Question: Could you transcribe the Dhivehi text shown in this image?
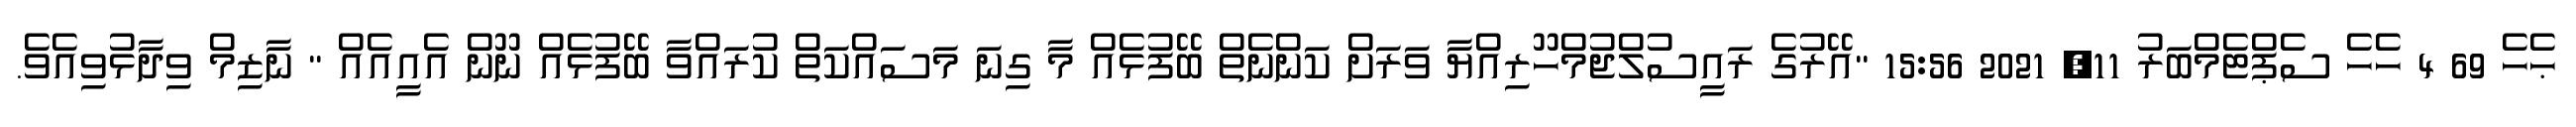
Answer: ޙެހެ 69 4 ހެހެ ސެޕްޓެމްބަރު 11, 2021 15:56 "އޭރުގެ ރައީސުލްޖުމްހޫރިއްޔާ ވަރަށް ކަންނެތް ބޭފުޅެއް މާ ގިނަ މަސައްކަތް ކުރައްވާ ބޭފުޅެއް ނޫން އެއީއެއް " ނާޒިމް ވިދާޅުވިއެވެ.